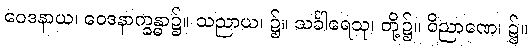
ဝေဒနာယ၊ ဝေဒနာက္ခန္ဓာ၌။ သညာယ၊ ၌။ သင်္ခါရေသု၊ တို့၌။ ဝိညာဏေ၊ ၌။